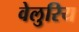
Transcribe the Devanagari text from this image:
वेलुरिय